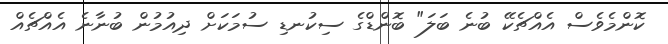
ކޮންމެވެސް އެއްޗެކޭ ބުނެ ބަލަ" ބޮންޑްގެ ސިކުނޑި ސުމަކަށް ދިއުމުން ބުނާނެ އެއްޗެއް